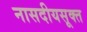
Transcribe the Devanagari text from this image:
नासदीयसूक्त